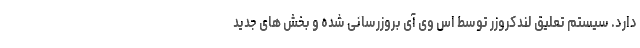
دارد. سیستم تعلیق لندکروزر توسط اس وی آی بروزرسانی شده و بخش های جدید